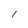
Character: 1